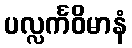
ပလ္လင်္ကဝိမာနံ